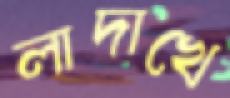
লাদাখে